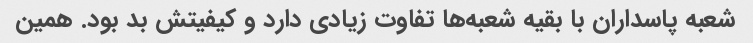
شعبه پاسداران با بقیه شعبه‌ها تفاوت زیادی دارد و کیفیتش بد بود. همین